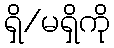
ရှိ/မရှိကို